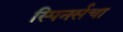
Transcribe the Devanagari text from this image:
स्पिनर्सचा